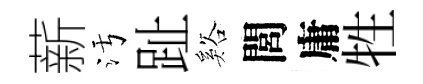
薪污趾谿閭庸牲